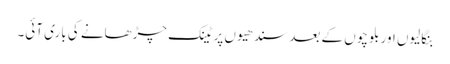
بنگالیوں اور بلوچوں کے بعد سندھیوں پر ٹینک چڑھانے کی باری آئی۔